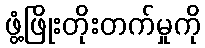
ဖွံ့ဖြိုးတိုးတက်မှုကို